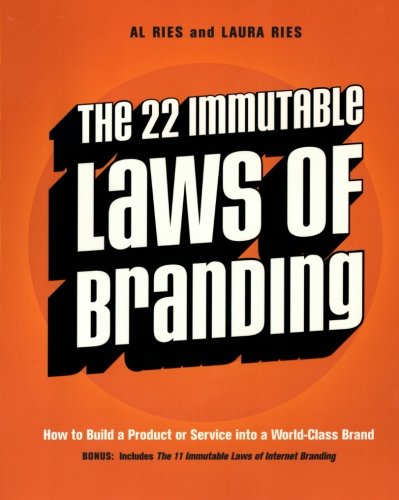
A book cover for The 22 Immutable Laws of Branding; Al Ries; Computers & Technology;